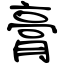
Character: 膏